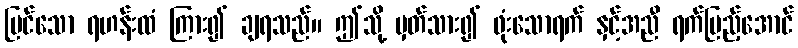
မြင်သော ရဟန်းထံ ကြား၍ ချရသည်။ ဤသို့ မှတ်သား၍ ဖုံးသောရက် နှင့်အညီ ရက်ပြည့်အောင်